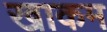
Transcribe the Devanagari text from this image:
खाकम